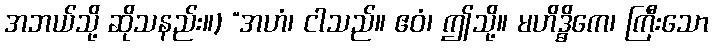
အဘယ်သို့ ဆိုသနည်း။) “အဟံ၊ ငါသည်။ ဧဝံ၊ ဤသို့။ မဟိဒ္ဓိကေ၊ ကြီးသော